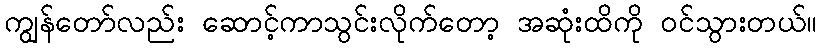
ကျွန်တော်လည်း ဆောင့်ကာသွင်းလိုက်တော့ အဆုံးထိကို ဝင်သွားတယ်။